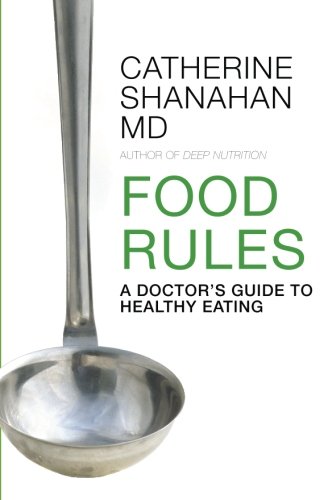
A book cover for Food Rules: A Doctor's Guide to Healthy Eating; Catherine Shanahan; Health, Fitness & Dieting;